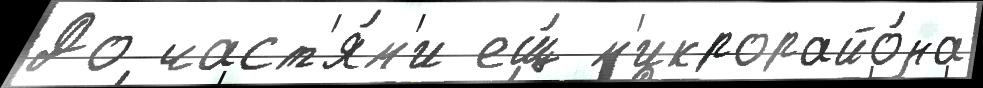
До част'я́м'и ещ́ м'икрорайо́на